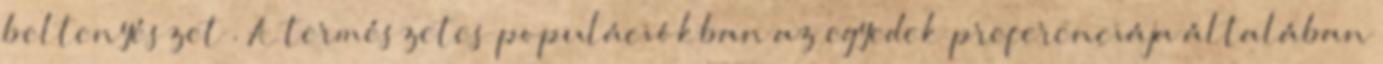
beltenyészet . A természetes populációkban az egyedek preferenciája általában